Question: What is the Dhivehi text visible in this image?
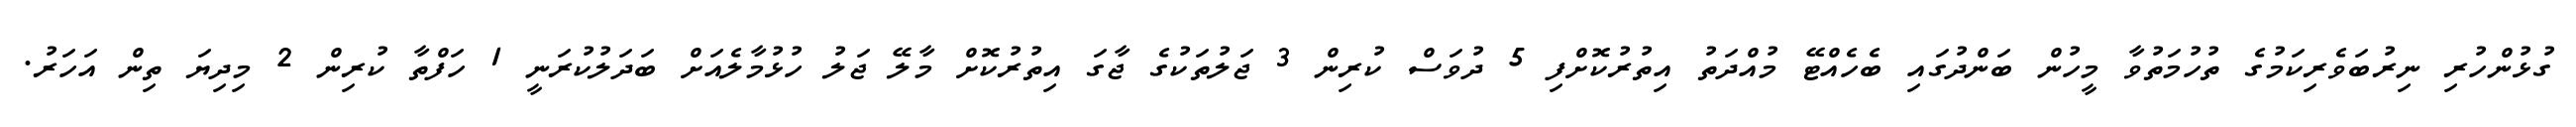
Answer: ގުޅުންހުރި ނިރުބަވެރިކަމުގެ ތުހުމަތުވާ މީހުން ބަންދުގައި ބެހެއްޓޭ މުއްދަތު އިތުރުކޮށްފި 5 ދުވަސް ކުރިން 3 ޖަލުތަކުގެ ޖާގަ އިތުރުކޮށް މާލޭ ޖަލު ހުޅުމާލެއަށް ބަދަލުކުރަނީ 1 ހަފްތާ ކުރިން 2 މިދިޔަ ތިން އަހަރު.